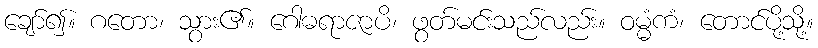
ချော်၍။ ဂတော၊ သွား၏။ ဂေါဓရာဇာပိ၊ ဖွတ်မင်းသည်လည်း။ ဝမ္မံကံ၊ တောင်ပို့သို့။